Rangoon Lunatic Asylum 1898-1906 - 1898-1906
Year: 1898
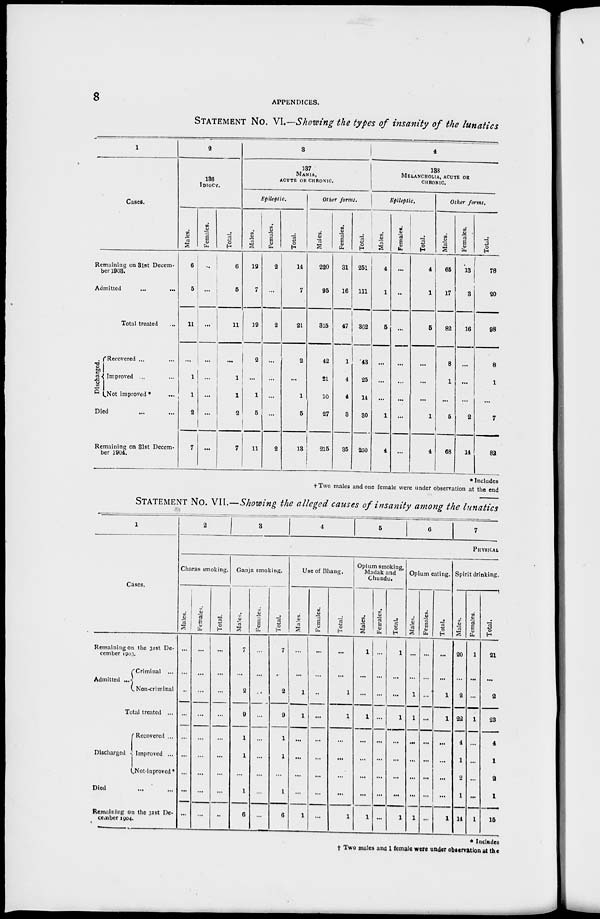
8
APPENDICES.
STATEMENT NO. VI.—Showing the types of insanity of the lunatics
1
Cases.
Remaining on 31st Decem-
ber 1903.
Admitted ... ...
Total treated ...
Discharged.
Recovered ... ...
Improved ... ...
Not improved * ...
Died ... ...
Remaining on 31st Decem-
ber 1904.
2
136
IDIOCY.
Males.
6
5
11
...
1
1
2
7
Females.
...
...
...
...
...
...
...
...
Total.
6
5
11
...
1
1
2
7
3
137
MANIA,
ACUTE OR CHRONIC.
Epileptic
Males.
12
7
19
2
...
1
5
11
Females.
2
...
2
...
...
...
...
2
Total.
14
7
21
2
...
1
6
13
Other
forms.
Males.
220
95
315
42
21
10
27
215
Females.
31
16
47
1
4
4
3
35
Total.
251
111
362
43
25
14
30
250
4
138
MELANCHOLIA, ACUTE OR
CHRONIC.
Epileptic.
Males.
4
1
5
...
...
1
4
Females.
...
...
...
...
...
...
...
...
Total.
4
1
5
...
...
...
1
4
Other forms.
Males.
65
17
82
8
1
...
5
68
Females.
13
3
16
...
...
...
2
14
Total.
78
20
98
8
1
...
7
82
* Includes
†Two males and one female were under observation at the end
STATEMENT NO. VII.—Showing the alleged causes of insanity among the lunatics
1
Cases.
Remaining on the 31st De-
cember 1903.
Admitted ...
Criminal ...
Non-criminal
Total treated ...
Discharged
Recovered ...
Improved ...
Not-improved*
Died ... ...
Remaining on the 31st De-
cember 1904.
2
3
4
5
6
7
PHYSICAL
Charas smoking.
Males.
...
...
...
...
...
...
...
...
...
Females.
...
...
...
...
...
...
...
...
...
Total.
...
...
...
...
...
...
...
...
...
Ganja smoking.
Males.
7
...
2
9
1
1
...
1
6
Females.
...
...
...
...
...
...
...
...
...
Total.
7
...
2
9
1
1
...
1
6
Use of Bhang.
Males.
...
...
1
1
...
...
...
...
1
Females.
...
...
...
...
...
...
...
...
...
Total.
...
...
1
1
...
...
...
...
1
Opium smoking,
Madak and
Chundu.
Males.
1
...
...
1
...
...
...
...
1
Females.
...
...
...
...
...
...
...
...
...
Total.
1
...
...
1
...
...
...
...
1
Opium eating.
Males.
...
...
1
1
...
...
...
...
1
Females.
...
...
...
...
...
...
...
...
...
Total.
...
...
1
1
...
...
...
...
1
Spirit drinking.
Males.
20
...
2
22
4
1
2
1
14
Females.
1
...
...
1
...
...
...
...
1
Total.
21
...
2
23
4
1
2
1
15
* Includes
† Two males and 1 female were under observation at the